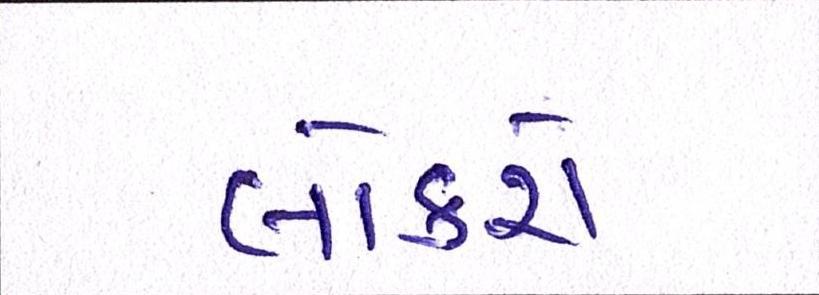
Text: લોકરો